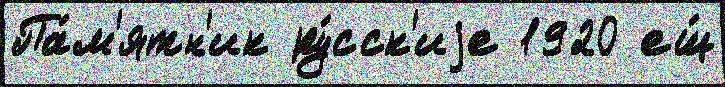
Па́м'ятн'ик ру́сск'иjе 1920 ещ́